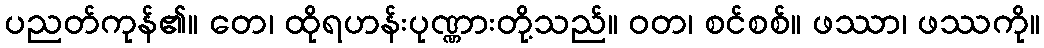
ပညတ်ကုန်၏။ တေ၊ ထိုရဟန်းပုဏ္ဏားတို့သည်။ ဝတ၊ စင်စစ်။ ဖဿာ၊ ဖဿကို။